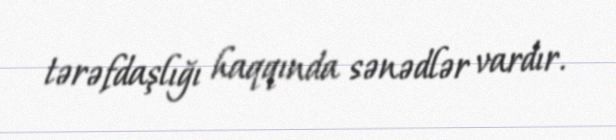
tərəfdaşlığı haqqında sənədlər vardır.